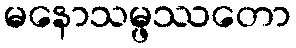
မနောသမ္ဖဿတော